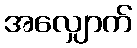
အလျှောက်